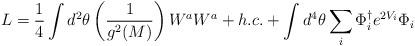
LaTeX: \begin{align*}L= {1 \over 4} \int d^2 \theta\left( {1 \over g^2(M) }\right) W^a W^a + h.c. + \int d^4\theta \sum_i \Phi_i^{\dagger}e^{2V_i} \Phi_i\end{align*}